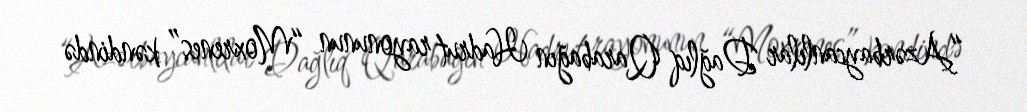
“Azərbaycanlılar Dağlıq Qarabağın Hadrut rayonunun “Moxrenes” kəndində